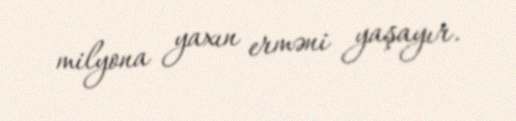
milyona yaxın erməni yaşayır.